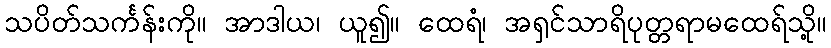
သပိတ်သင်္ကန်းကို။ အာဒါယ၊ ယူ၍။ ထေရံ၊ အရှင်သာရိပုတ္တရာမထေရ်သို့။